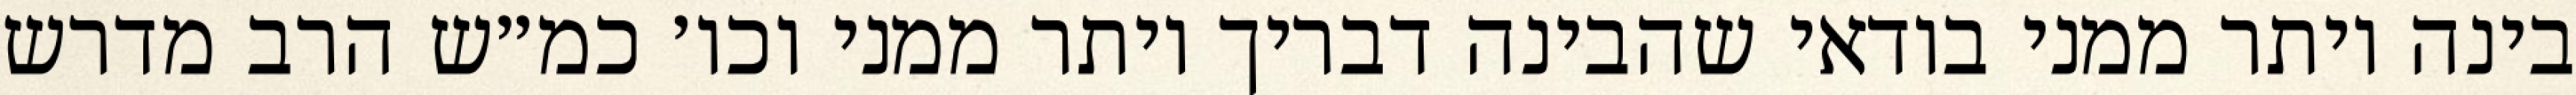
בינה יותר ממני בודאי שהבינה דבריך יותר ממני וכו׳ כמ״ש הרב מדרש